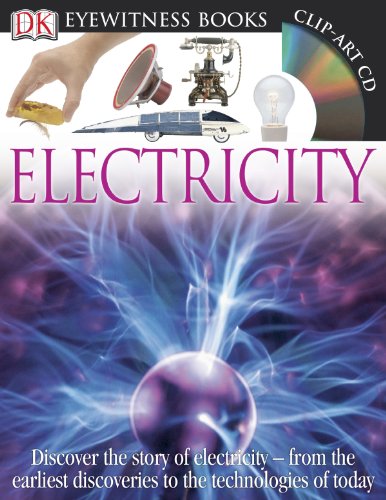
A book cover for DK Eyewitness Books: Electricity; Steve Parker; Children's Books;